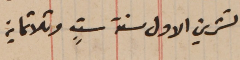
تشرين الاول سنة ستٍ وثلاثماية.